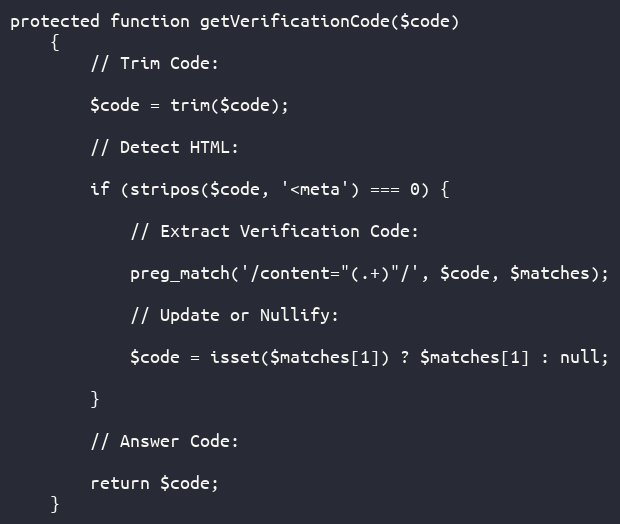
Language: PHP
protected function getVerificationCode($code)
    {
        // Trim Code:

        $code = trim($code);

        // Detect HTML:

        if (stripos($code, '<meta') === 0) {

            // Extract Verification Code:

            preg_match('/content="(.+)"/', $code, $matches);

            // Update or Nullify:

            $code = isset($matches[1]) ? $matches[1] : null;

        }

        // Answer Code:

        return $code;
    }